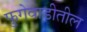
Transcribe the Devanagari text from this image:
फुगेवाडीतील